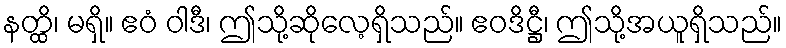
နတ္ထိ၊ မရှိ။ ဧဝံ ဝါဒီ၊ ဤသို့ဆိုလေ့ရှိသည်။ ဧဝဒိဋ္ဌီ၊ ဤသို့အယူရှိသည်။